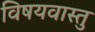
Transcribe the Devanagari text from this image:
विषयवास्तु